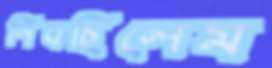
নিবছিলেম